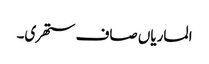
الماریاں صاف ستھری۔